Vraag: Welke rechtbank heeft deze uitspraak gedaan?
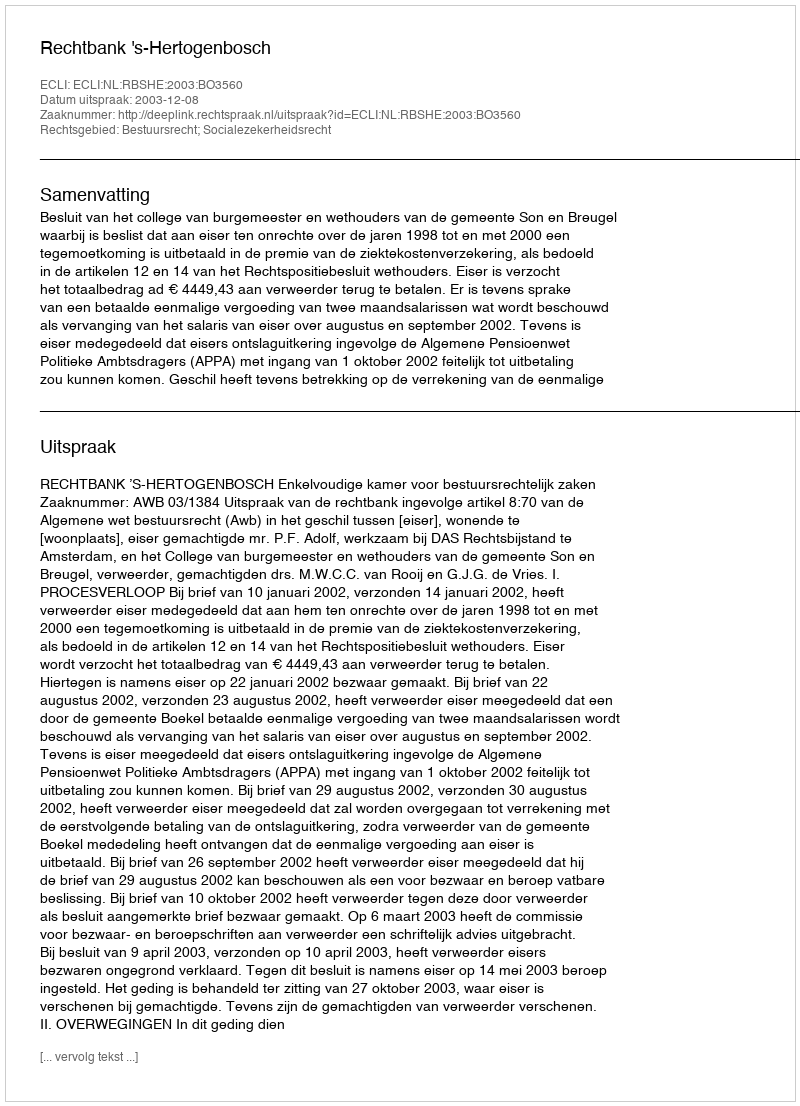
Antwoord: Rechtbank 's-Hertogenbosch